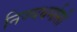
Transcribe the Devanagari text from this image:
निज्यधर्मासी